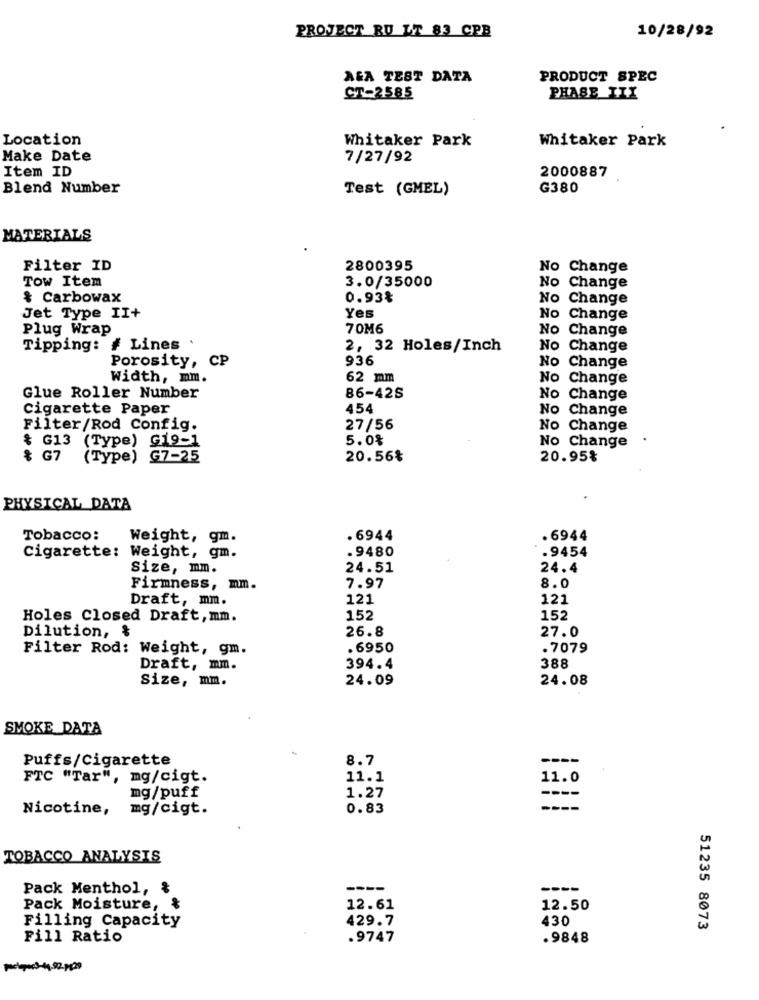
PROJECT RU LT 83 CPB
10/28/92
AGA TEST DATA
PRODUCT SPEC
CT-2585
PHASE III
Location
Whitaker Park
Whitaker Park
Make Date
7/27/92
Item ID
2000887
Blend Number
Test (GMEL)
G380
MATERIALS
Filter ID
2800395
No Change
TOW Item
3.0/35000
No Change
& Carbowax
0.93%
No Change
Yes
Jet Type II+
No Change
Plug Wrap
70M6
No Change
Tipping:
# Lines .
2, 32 Holes/Inch
No Change
936
Porosity, CP
No Change
Width, mm.
62 mm
No Change
Glue Roller Number
86-425
No Change
Cigarette Paper
454
No Change
Filter/Rod Config.
27/56
No Change
& G13 (Type) G19-1
5.0%
No Change
& G7 (Type) G7-25
20.56%
20.95%
PHYSICAL DATA
Tobacco:
Weight, gm.
. 6944
. 6944
.9480
.9454
Cigarette: Weight, gm.
Size, mm.
24.51
24.4
Firmness, mm.
7.97
8.0
Draft, mm.
121
121
Holes Closed Draft, mm.
152
152
26.8
27.0
Dilution, &
Filter Rod: Weight, gm.
.6950
.7079
Draft, mm.
394.4
388
Size, mm.
24.09
24.08
SMOKE DATA
Puffs/Cigarette
8.7
FTC "Tar", mg/cigt.
11.1
11.0
----
mg/puff
1.27
Nicotine,
mg/cigt.
0.83
----
TOBACCO ANALYSIS
Pack Menthol, &
----
----
Pack Moisture,
12.61
12.50
Filling Capacity
429.7
430
51235 8073
Fill Ratio
.9747
.9848